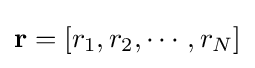
\mathbf {r} =[r_{1},r_{2},\cdots ,r_{N}]